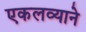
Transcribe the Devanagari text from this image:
एकलव्याने